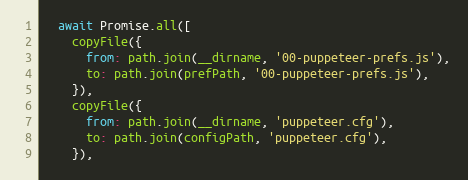
Language: JavaScript
  await Promise.all([
    copyFile({
      from: path.join(__dirname, '00-puppeteer-prefs.js'),
      to: path.join(prefPath, '00-puppeteer-prefs.js'),
    }),
    copyFile({
      from: path.join(__dirname, 'puppeteer.cfg'),
      to: path.join(configPath, 'puppeteer.cfg'),
    }),